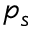
p _ { s }